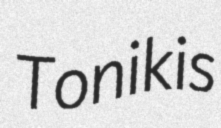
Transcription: Tonik is